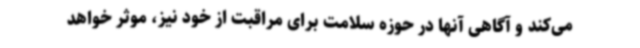
می‌کند و آگاهی آنها در حوزه سلامت برای مراقبت از خود نیز، موثر خواهد